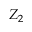
Z _ { 2 }